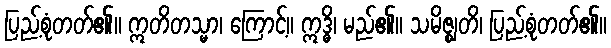
ပြည့်စုံတတ်၏။ ဣတိတသ္မာ၊ ကြောင့်။ ဣဒ္ဓိ၊ မည်၏။ သမိဇ္ဈတိ၊ ပြည့်စုံတတ်၏။